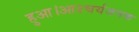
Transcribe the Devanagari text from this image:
हुआ।आश्चर्यजनक